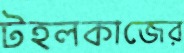
টহলকাজের